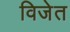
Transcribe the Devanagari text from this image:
विजेत